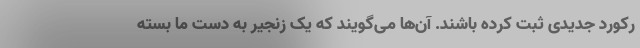
رکورد جدیدی ثبت کرده باشند. آن‌ها می‌گویند که یک زنجیر به دست ما بسته